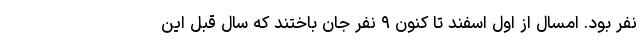
نفر بود. امسال از اول اسفند تا کنون ۹ نفر جان باختند که سال قبل این